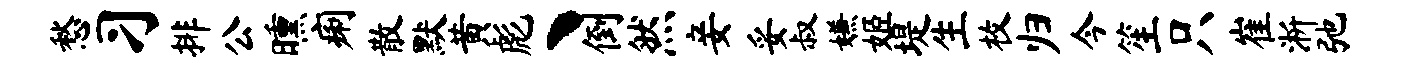
愁习排公曛痢散默黄彪丶倒然妾妥叔嫌姬堤生枚归今笙只崔淅弛